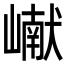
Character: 𪩘